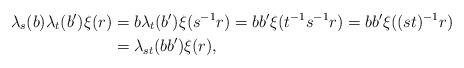
LaTeX: \begin{align*}\lambda_s(b)\lambda_t(b')\xi(r)&=b\lambda_t(b')\xi(s^{-1}r)=bb'\xi(t^{-1}s^{-1}r)=bb'\xi((st)^{-1}r)\\&=\lambda_{st}(bb')\xi(r),\end{align*}